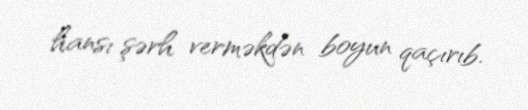
hansı şərh verməkdən boyun qaçırıb.